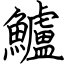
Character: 鱸